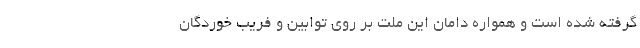
گرفته شده است و همواره دامان این ملت بر روی توابین و فریب خوردگان